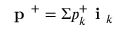
\textbf { p } ^ { + } = \Sigma p _ { k } ^ { + } \textbf { i } _ { k }